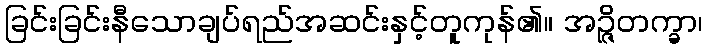
ခြင်းခြင်းနီသောချပ်ရည်အဆင်းနှင့်တူကုန်၏။ အဉ္ဇိတက္ခာ၊